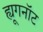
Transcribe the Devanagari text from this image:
ह्यूगनॉट